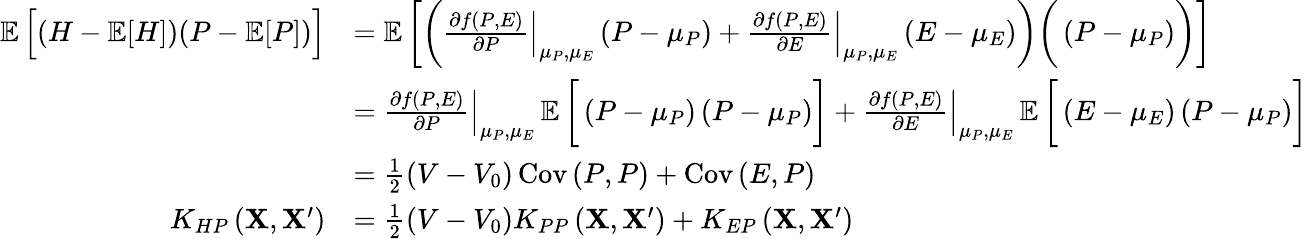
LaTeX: \begin{array}{rl}{\mathop{\mathbb{E}}\Big[(H-\mathop{\mathbb{E}}[H])(P-\mathop{\mathbb{E}}[P])\Big]}&{=\mathop{\mathbb{E}}\bigg[\bigg(\left.\frac{\partial f\left(P,E\right)}{\partial P}\right|_{\mu_{P},\mu_{E}}\left(P-\mu_{P}\right)+\left.\frac{\partial f\left(P,E\right)}{\partial E}\right|_{\mu_{P},\mu_{E}}\left(E-\mu_{E}\right)\bigg)\bigg(\left(P-\mu_{P}\right)\bigg)\bigg]}\\ &{=\left.\frac{\partial f\left(P,E\right)}{\partial P}\right|_{\mu_{P},\mu_{E}}\mathop{\mathbb{E}}\bigg[\left(P-\mu_{P}\right)\left(P-\mu_{P}\right)\bigg]+\left.\frac{\partial f\left(P,E\right)}{\partial E}\right|_{\mu_{P},\mu_{E}}\mathop{\mathbb{E}}\bigg[\left(E-\mu_{E}\right)\left(P-\mu_{P}\right)\bigg]}\\ &{=\frac{1}{2}\left(V-V_{0}\right)\operatorname{Cov}\left(P,P\right)+\operatorname{Cov}\left(E,P\right)}\\ {K_{HP}\left(\mathbf{X},\mathbf{X}^{\prime}\right)}&{=\frac{1}{2}\left(V-V_{0}\right)K_{PP}\left(\mathbf{X},\mathbf{X}^{\prime}\right)+K_{EP}\left(\mathbf{X},\mathbf{X}^{\prime}\right)}\end{array}